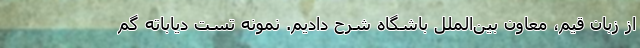
از زبان قیم، معاون بین‌الملل باشگاه شرح دادیم. نمونه تست دیاباته گم